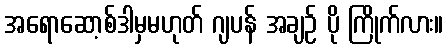
အရောဆော့စ်ဒါမှမဟုတ် ဂျပန် အချဉ် ပို ကြိုက်လား။